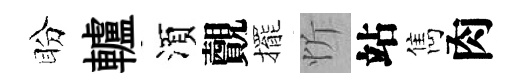
盼轤湏覿擺忻站雋肉